Civil Veterinary Department. United Provinces 1932-42 - 1932-1942
Year: 1932
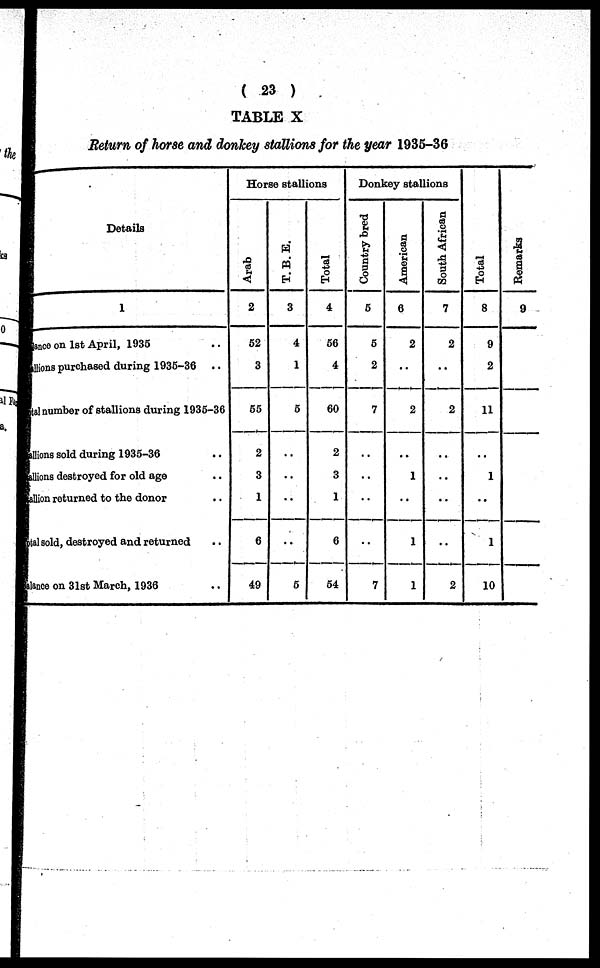
( 23 )
TABLE X
Return of horse and donkey stallions for the year 1935-36
Details
1
lance on 1st April, 1935 ..
llions purchased during 1936-36 ..
tal number of stallions during 1936-36
allions sold during 1935-36 ..
allions destroyed for old age ..
allion returned to the donor ..
ptal sold, destroyed and returned ..
alance on 31st March, 1936 ..
Horse stallions
Arab
2
52
3
55
2
3
1
6
49
T. B. E.
3
4
1
5
..
..
..
..
5
Total
4
56
4
60
2
3
1
6
54
Donkey stallions
Country bred
5
5
2
7
..
..
..
..
7
American
6
2
..
2
..
1
..
1
1
South African
7
2
..
2
..
..
..
..
2
Tot al
8
9
2
11
..
1
..
1
10
Re ma r
ks
9